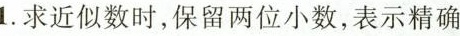
1.求近似数时，保留两位小数，表示精确